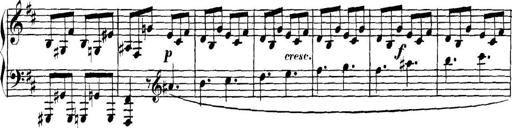
Title: Collected Piano Sonatas
Composer: Muzio Clementi